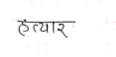
मजकूर: हत्यार